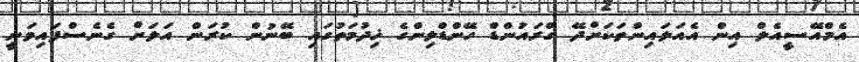
އެމްއޭސީއެލް އިން އެއަލައިންތަކަށްދޭ ގްރައުންޑް ހޭންޑްލިންގެ ޚިދުމަތުގައި ބޭނުން ކުރަން އަލަށް ގެނެސްފައިވަނީ